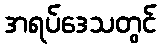
အရပ်ဒေသတွင်